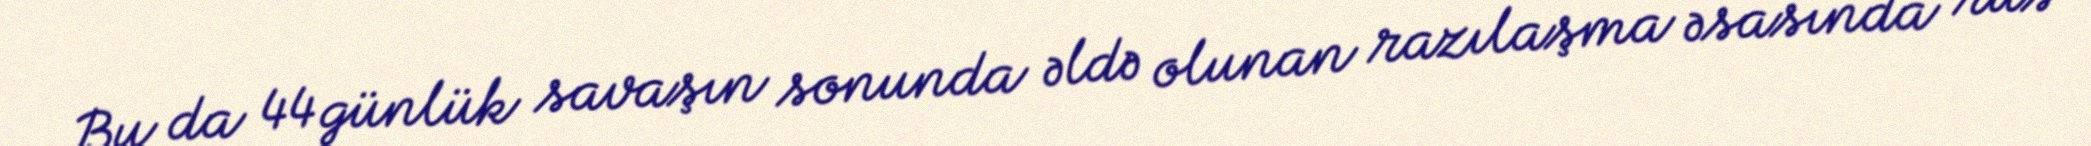
Bu da 44 günlük savaşın sonunda əldə olunan razılaşma əsasında rus